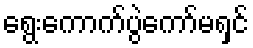
ရွေးကောက်ပွဲကော်မရှင်